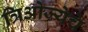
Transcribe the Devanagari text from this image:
त्रिओज्येचे